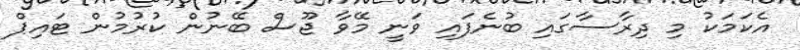
އެކަމަކު މި ދިރާސާގައި ބުނެފައި ވަނީ މޭވާ ޖޫސް ބޭނުން ކުރުމުން ޓައިޕް